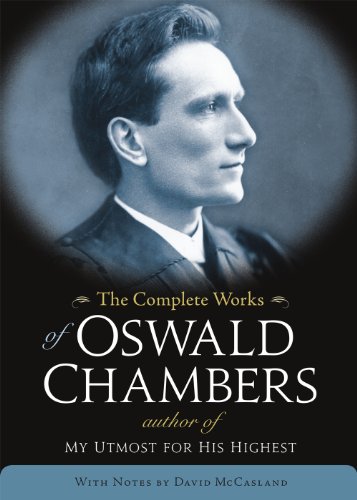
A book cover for The Complete Works of Oswald Chambers; Oswald Chambers; Christian Books & Bibles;